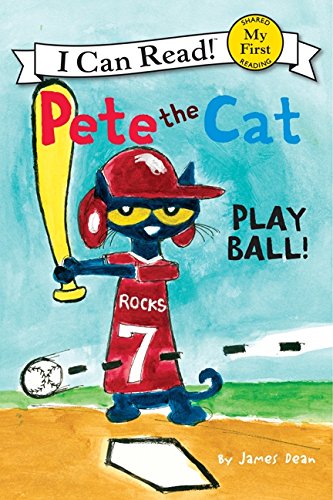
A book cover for Pete the Cat: Play Ball! (My First I Can Read); James Dean; Children's Books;